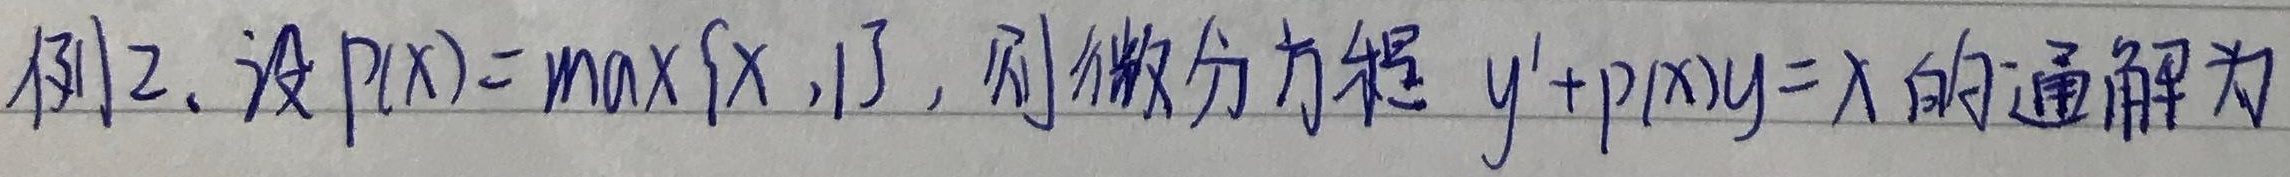
例12. 设\(p(x)=\max\{x,1\}\)，则微分方程 \(y'+p(x)y = x\) 的通解为